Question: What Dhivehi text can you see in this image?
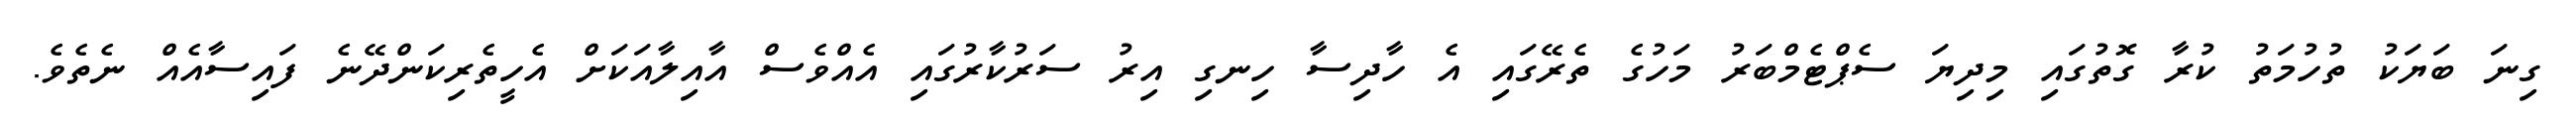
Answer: ގިނަ ބަޔަކު ތުހުމަތު ކުރާ ގޮތުގައި މިދިޔަ ސެޕްޓެމްބަރު މަހުގެ ތެރޭގައި އެ ހާދިސާ ހިނގި އިރު ސަރުކާރުގައި އެއްވެސް އާއިލާއަކަށް އެހީތެރިކަންދޭނެ ފައިސާއެއް ނެތެވެ.